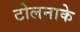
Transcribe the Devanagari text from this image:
टोलनाके